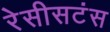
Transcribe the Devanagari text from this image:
रेसीसटंस